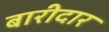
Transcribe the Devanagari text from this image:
बारीदार